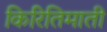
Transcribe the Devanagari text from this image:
किरितिमाती